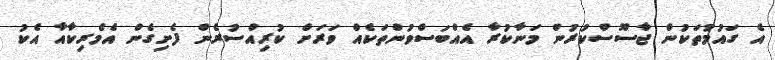
އެ ގައުމުތަކުން ޖާސޫސްކުރުން މަނާކުރާ އެއްބަސްވުންތަކެއް ވަރަށް ކުރިއްސުރެން ފެށިގެން އެމެރިކާއާ އެކު